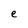
Character: e